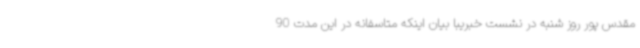
مقدس پور روز شنبه در نشست خبریبا بیان اینکه متاسفانه در این مدت 90